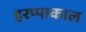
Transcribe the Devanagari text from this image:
हरप्पाकाल